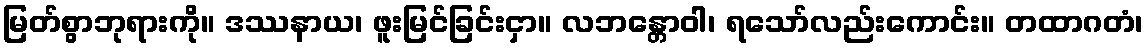
မြတ်စွာဘုရားကို။ ဒဿနာယ၊ ဖူးမြင်ခြင်းငှာ။ လဘန္တောဝါ၊ ရသော်လည်းကောင်း။ တထာဂတံ၊